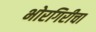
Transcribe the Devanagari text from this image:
भोरगिरीचा